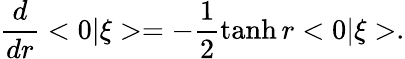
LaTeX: \frac{d}{dr}<0|\xi>=-\frac{1}{2}\operatorname{tanh}r<0|\xi>.